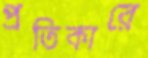
প্রতিকারে